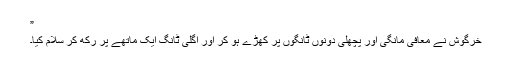
”
خرگوش نے معافی مانگی اور پچھلی دونوں ٹانگوں پر کھڑے ہو کر اور اگلی ٹانگ ایک ماتھے پر رکھ کر سلام کیا۔